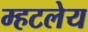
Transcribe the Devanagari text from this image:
म्हटलेय